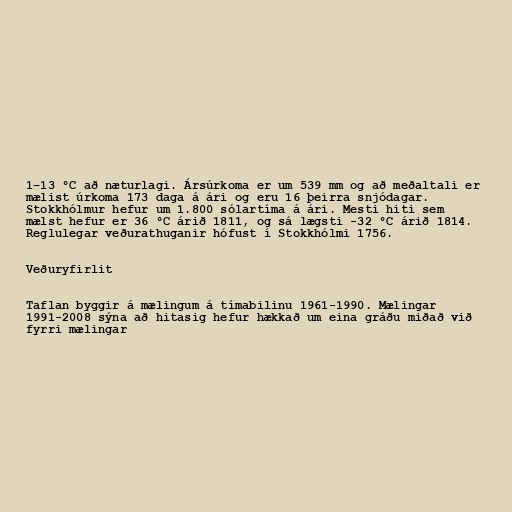
1–13 °C að næturlagi. Ársúrkoma er um 539 mm og að meðaltali er
mælist úrkoma 173 daga á ári og eru 16 þeirra snjódagar.
Stokkhólmur hefur um 1.800 sólartíma á ári. Mesti hiti sem
mælst hefur er 36 °C árið 1811, og sá lægsti -32 °C árið 1814.
Reglulegar veðurathuganir hófust í Stokkhólmi 1756.

Veðuryfirlit

Taflan byggir á mælingum á tímabilinu 1961-1990. Mælingar
1991-2008 sýna að hitasig hefur hækkað um eina gráðu miðað við
fyrri mælingar